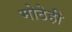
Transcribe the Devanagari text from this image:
मोठेही